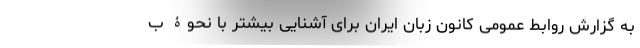
به گزارش روابط عمومی کانون زبان ایران برای آشنایی بیشتر با نحوۀ ب